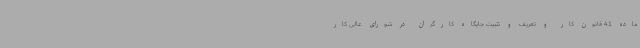
ماده 41 قانون کار و تعریف و تثبیت جایگاه کارگران در شورای عالی کار